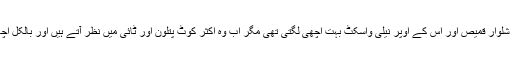
نواز شریف کی شلوار قمیص اور اس کے اوپر نیلی واسکٹ بہت اچھی لگتی تھی مگر اب وہ اکثر کوٹ پتلون اور ٹائی میں نظر آتے ہیں اور بالکل اچھے نہیں لگتے۔